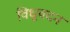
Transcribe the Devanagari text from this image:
विधुवदन